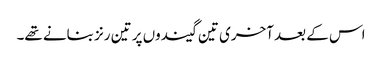
اس کے بعد آخری تین گیندوں پر تین رنز بنانے تھے۔